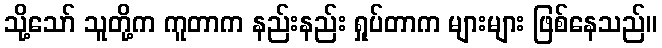
သို့သော် သူတို့က ကူတာက နည်းနည်း ရှုပ်တာက များများ ဖြစ်နေသည်။